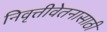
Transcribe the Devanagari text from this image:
निवृत्तीवेतनासाठी